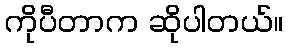
ကိုပီတာက ဆိုပါတယ်။